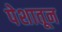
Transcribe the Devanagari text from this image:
पेशातून